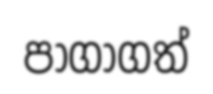
පාගාගත්